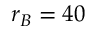
r _ { B } = 4 0